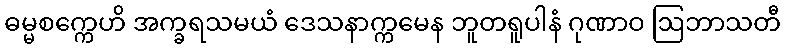
ဓမ္မစက္ကေဟိ အက္ခရသမယံ ဒေသနာက္ကမေန ဘူတရူပါနံ ဂုဏာဝ ဩဘာသတီ